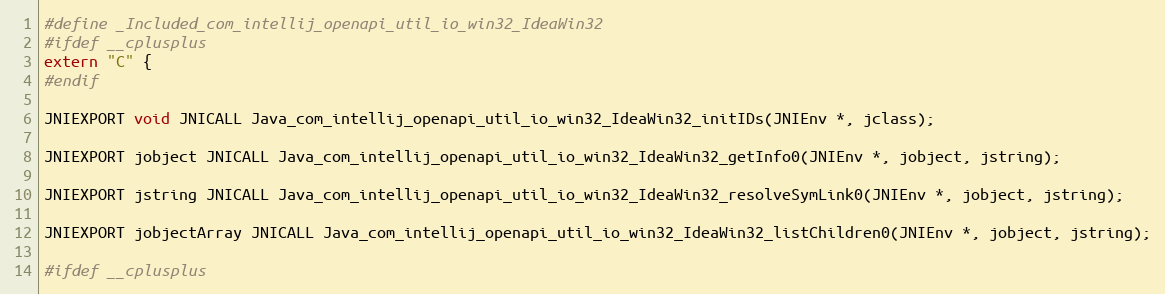
Language: C
#define _Included_com_intellij_openapi_util_io_win32_IdeaWin32
#ifdef __cplusplus
extern "C" {
#endif

JNIEXPORT void JNICALL Java_com_intellij_openapi_util_io_win32_IdeaWin32_initIDs(JNIEnv *, jclass);

JNIEXPORT jobject JNICALL Java_com_intellij_openapi_util_io_win32_IdeaWin32_getInfo0(JNIEnv *, jobject, jstring);

JNIEXPORT jstring JNICALL Java_com_intellij_openapi_util_io_win32_IdeaWin32_resolveSymLink0(JNIEnv *, jobject, jstring);

JNIEXPORT jobjectArray JNICALL Java_com_intellij_openapi_util_io_win32_IdeaWin32_listChildren0(JNIEnv *, jobject, jstring);

#ifdef __cplusplus